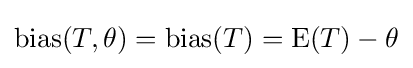
\operatorname {bias} (T,\theta )=\operatorname {bias} (T)=\operatorname {E} (T)-\theta